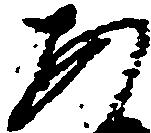
あ